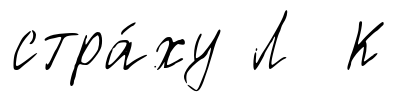
стра́ху Л К